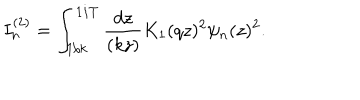
LaTeX: I _ { n } ^ { ( 2 ) } = \int _ { 1 / k } ^ { 1 / T } { \frac { d z } { ( k z ) } } K _ { 1 } ( q z ) ^ { 2 } \psi _ { n } ( z ) ^ { 2 } .